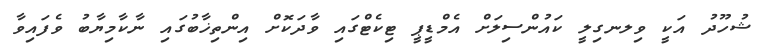
ޝުހޫދު އަކީ ވިލނގިލީ ކައުންސިލަށް އެމްޑީޕީ ޓިކެޓްގައި ވާދަކޮށް އިންތިޚާބުގައި ނާކާމިޔާބު ވެފައިވާ